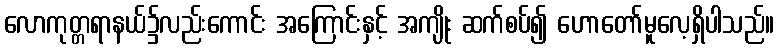
လောကုတ္တရာနယ်၌လည်းကောင်း အကြောင်းနှင့် အကျိုး ဆက်စပ်၍ ဟောတော်မူလေ့ရှိပါသည်။